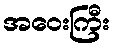
အဝေးကြီး